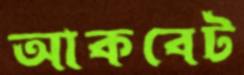
আকবেট